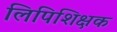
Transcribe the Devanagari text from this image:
लिपिशिक्षक